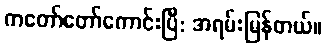
ကတော်တော်ကောင်းပြီ: အရမ်းမြန်တယ်။